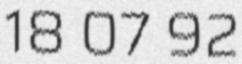
18 07 92